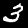
Digit: 3